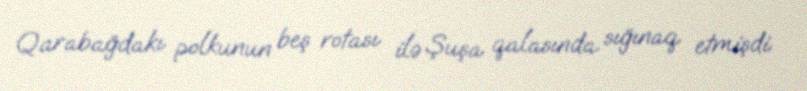
Qarabağdakı polkunun beş rotası ilə Şuşa qalasında sığınaq etmişdi.